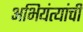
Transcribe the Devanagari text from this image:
अभियंत्यांची